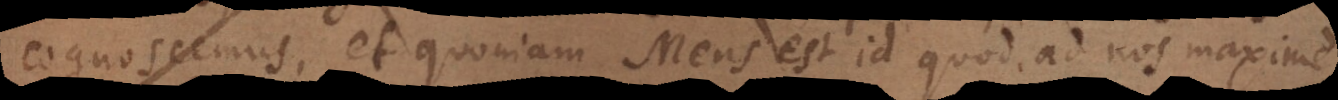
cognoscemus, et quoniam Mens est id quod a nos maxime